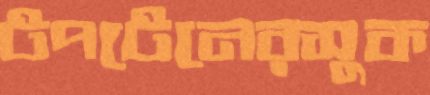
টপটেনেরসুক